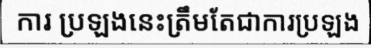
ការ ប្រឡងនេះត្រឹមតែជាការប្រឡង